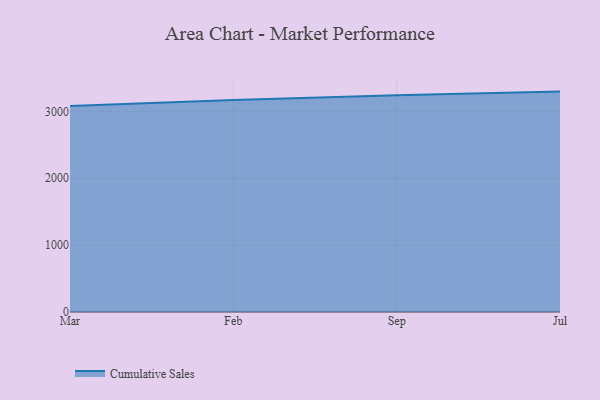
{"axis": {"x": "Month", "y": "Market Share (%)"}, "legend": ["Cumulative Sales"], "data": [{"x": "Mar", "y": 3079.8, "type": "Cumulative Sales"}, {"x": "Feb", "y": 3168.6, "type": "Cumulative Sales"}, {"x": "Sep", "y": 3239.1, "type": "Cumulative Sales"}, {"x": "Jul", "y": 3295.5, "type": "Cumulative Sales"}]}